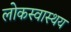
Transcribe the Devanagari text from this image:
लोकस्वास्थय